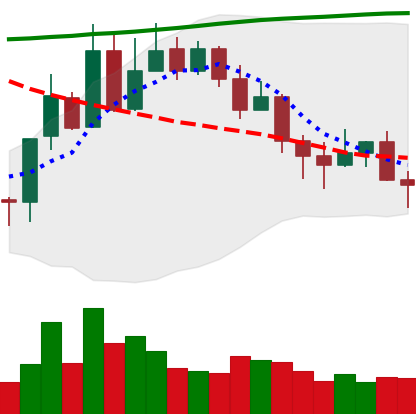
Ticker: XLM-USD
Chart end date: 2020-11-03
Forward return: 8.268%
Label: up_7plus